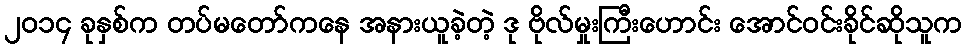
၂၀၁၄ ခုနှစ်က တပ်မတော်ကနေ အနားယူခဲ့တဲ့ ဒု ဗိုလ်မှုးကြီးဟောင်း အောင်ဝင်းခိုင်ဆိုသူက